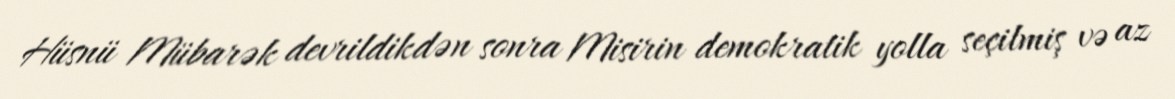
Hüsnü Mübarək devrildikdən sonra Misirin demokratik yolla seçilmiş və az